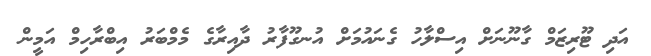
އަދި ޓޫރިޒަމް ގާނޫނަށް އިސްލާހު ގެނައުމަށް އުނގޫފާރު ދާއިރާގެ މެމްބަރު އިބްރާހިމް އަމީން